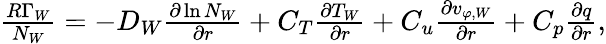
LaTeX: \begin{array}{r}{\frac{R\Gamma_{W}}{N_{W}}=-D_{W}\frac{\partial\ln{N_{W}}}{\partial r}+C_{T}\frac{\partial T_{W}}{\partial r}+C_{u}\frac{\partial v_{\varphi,W}}{\partial r}+C_{p}\frac{\partial q}{\partial r},}\end{array}